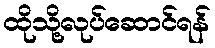
ထိုသို့လုပ်ဆောင်ရန်